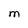
Character: M